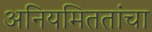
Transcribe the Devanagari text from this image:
अनियमिततांचा